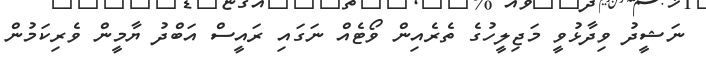
ނަޝީދު ވިދާޅުވީ މަޖިލީހުގެ ތެރެއިން ވޯޓެއް ނަގައި ރައީސް އަބްދު ޔާމީން ވެރިކަމުން